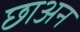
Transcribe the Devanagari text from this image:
छाअन